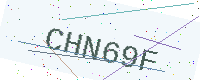
Text: CHN69F